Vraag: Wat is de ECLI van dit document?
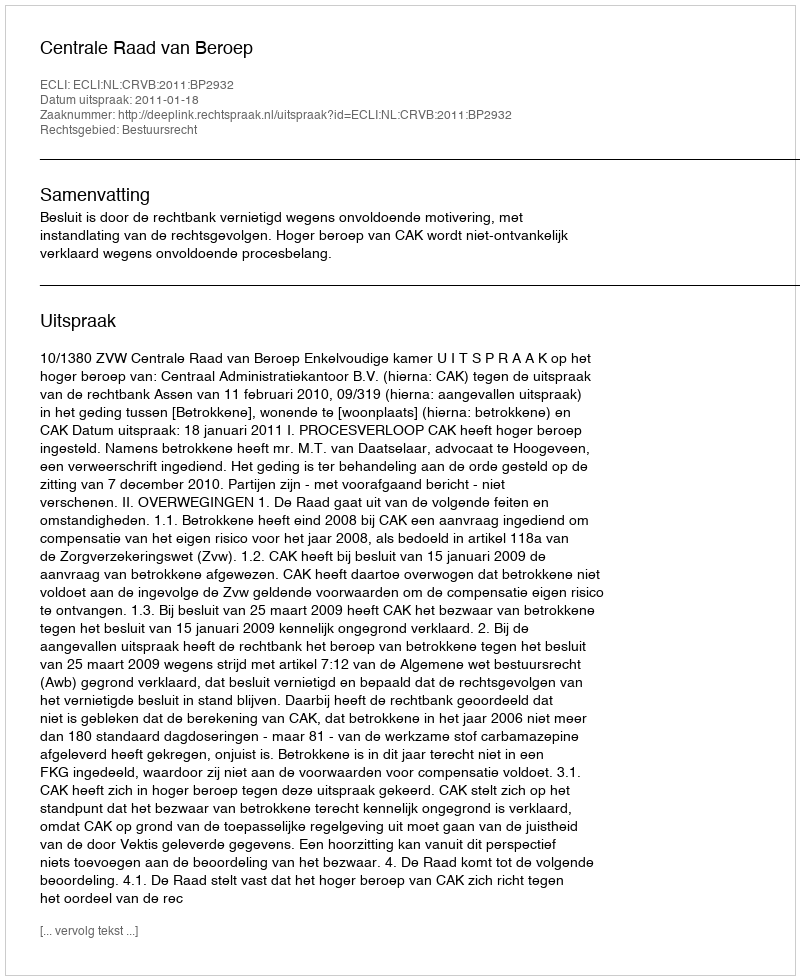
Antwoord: ECLI:NL:CRVB:2011:BP2932